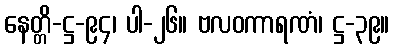
နေတ္တိ-ဋ္ဌ-၉၄၊ ပါ-၂၆။ ဗလဝကာရဏံ၊ ဋ္ဌ-၃၉။